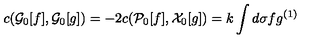
c ( { \cal G } _ { 0 } [ f ] , { \cal G } _ { 0 } [ g ] ) = - 2 c ( { \cal P } _ { 0 } [ f ] , { \cal X } _ { 0 } [ g ] ) = k \int d \sigma f g ^ { ( 1 ) }